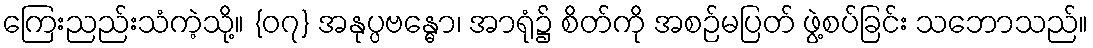
ကြေးညည်းသံကဲ့သို့။ {၀၇} အနုပ္ပဗန္ဓော၊ အာရုံ၌ စိတ်ကို အစဉ်မပြတ် ဖွဲ့စပ်ခြင်း သဘောသည်။